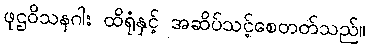
ဖုဌဝိသနဂါး ထိရုံနှင့် အဆိပ်သင့်စေတတ်သည်။